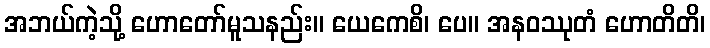
အဘယ်ကဲ့သို့ ဟောတော်မူသနည်း။ ယေကေစိ၊ ပေ။ အနဝဿုတံ ဟောတိတိ၊